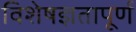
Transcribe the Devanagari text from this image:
विशेषज्ञतापूर्ण